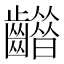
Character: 𪙮